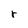
Character: r